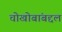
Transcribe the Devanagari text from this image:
चोखोबांबद्दल